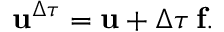
\mathbf { u } ^ { \Delta \tau } = \mathbf { u } + \Delta \tau \, \mathbf { f } .